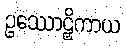
ဥဿောဠှိကာယ